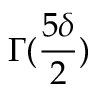
\Gamma ( \frac { 5 \delta } 2 )